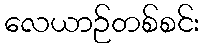
လေယာဉ်တစ်စင်း